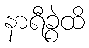
နာရီခွဲထိ